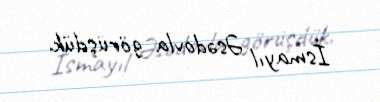
İsmayıl Əsədovla görüşdük.